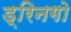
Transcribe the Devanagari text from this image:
ड्रिनगो